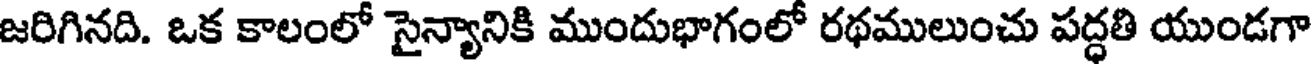
జరిగినది. ఒక కాలంలో సైన్యానికి ముందుభాగంలో రథములుంచు పద్ధతి యుండగా